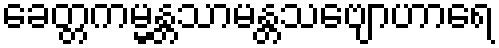
ခေတ္တကမ္မန္တသာမန္တသဗျောဟာရေ